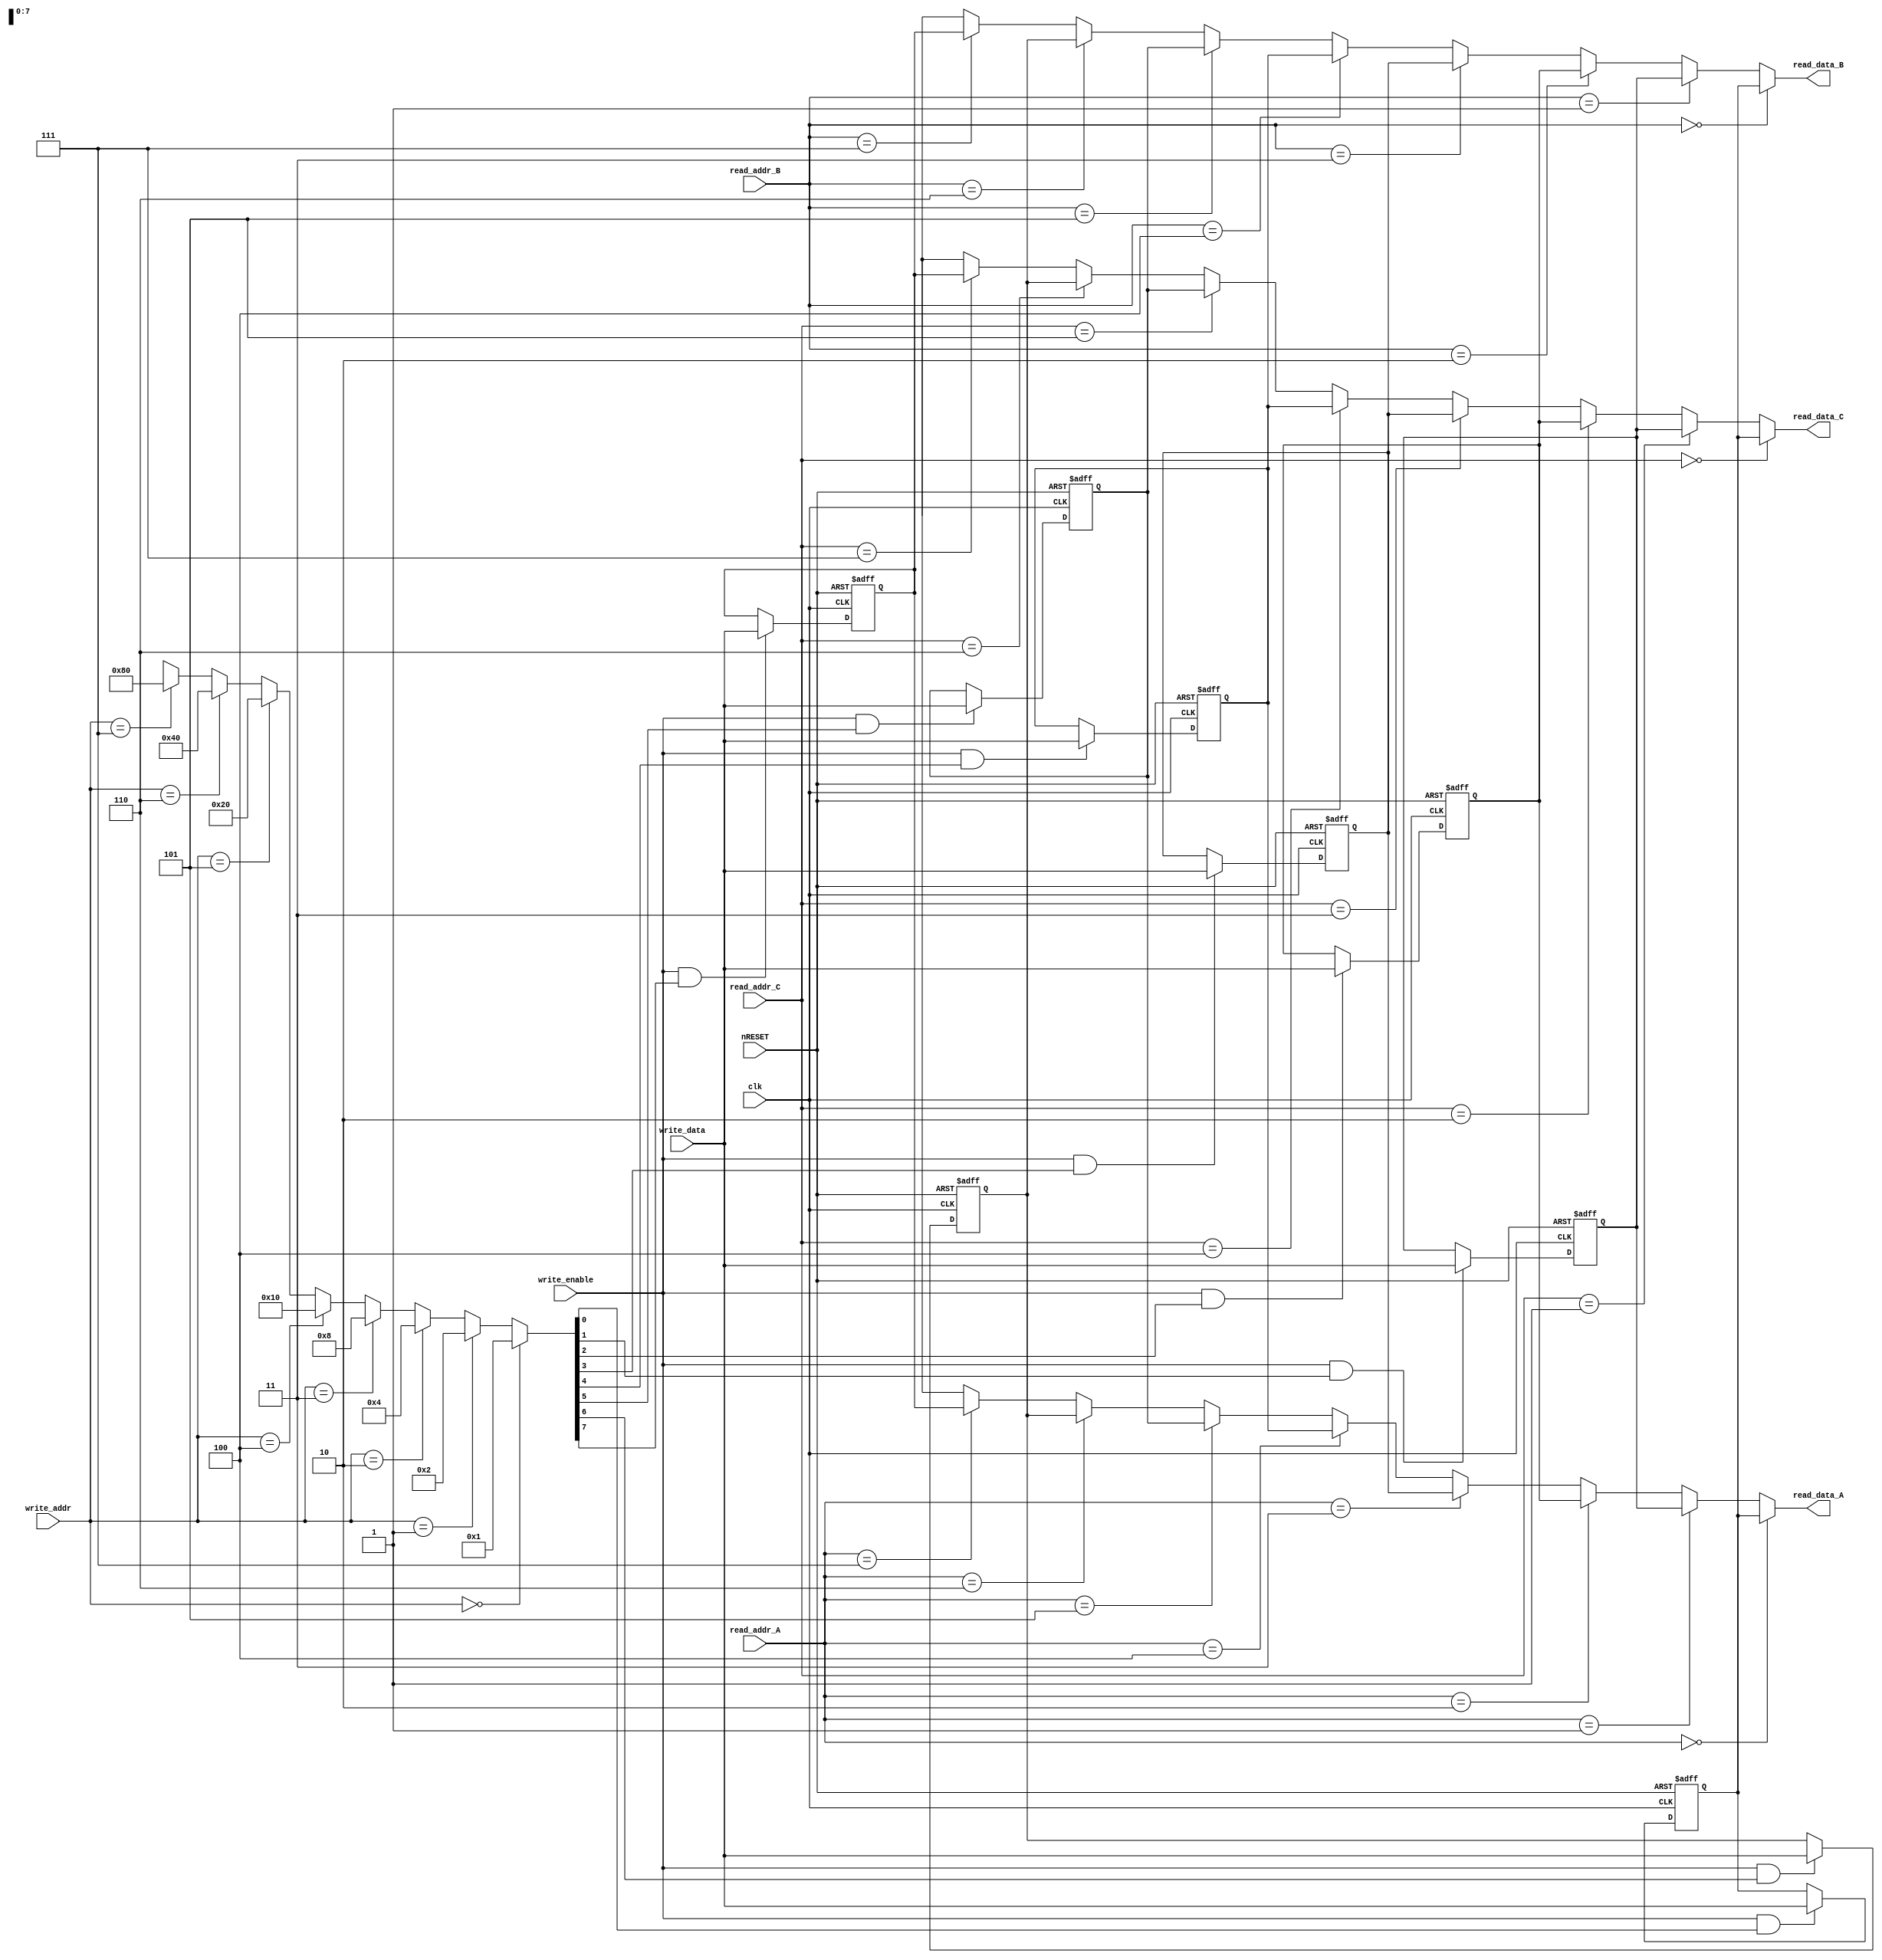
module RegisterFile(clk, nRESET, write_enable, write_addr, write_data, read_addr_A, read_addr_B, read_addr_C, read_data_A, read_data_B, read_data_C);

   input clk; // 
   input nRESET; // 
   input write_enable; //     enable 
   input [2:0] write_addr; //   
   input [15:0] write_data; //   
   input [2:0] read_addr_A; 
   input [2:0] read_addr_B;  
   input [2:0] read_addr_C; //    A, B, C
   
   output [15:0] read_data_A;
   output [15:0] read_data_B;
   output [15:0] read_data_C; //     A, B, C

   reg [15:0] reg_0;
   reg [15:0] reg_1;
   reg [15:0] reg_2;
   reg [15:0] reg_3;
   reg [15:0] reg_4;
   reg [15:0] reg_5;
   reg [15:0] reg_6;
   reg [15:0] reg_7; //       

   wire [7:0] decoder_out; //          
   wire [7:0] reg_enable; //     enable  

   assign decoder_out =
      (write_addr == 3'b000) ? 8'd1 :
      (write_addr == 3'b001) ? 8'd2 :
      (write_addr == 3'b010) ? 8'd4 :
      (write_addr == 3'b011) ? 8'd8 :
      (write_addr == 3'b100) ? 8'd16 :
      (write_addr == 3'b101) ? 8'd32 :
      (write_addr == 3'b110) ? 8'd64 :
      (write_addr == 3'b111) ? 8'd128 : 8'bx;
	//     (8)   (8) .
   
   assign reg_enable[0] = write_enable & decoder_out[0];
   assign reg_enable[1] = write_enable & decoder_out[1];
   assign reg_enable[2] = write_enable & decoder_out[2];
   assign reg_enable[3] = write_enable & decoder_out[3];
   assign reg_enable[4] = write_enable & decoder_out[4];
   assign reg_enable[5] = write_enable & decoder_out[5];
   assign reg_enable[6] = write_enable & decoder_out[6];
   assign reg_enable[7] = write_enable & decoder_out[7];
	//   (8)    AND       enable  
   
   always @ (posedge clk or negedge nRESET)
      if (!nRESET)
         reg_0 <= 16'b0;
      else if (reg_enable[0])
         reg_0 <= write_data;
	//     .
   
   always @ (posedge clk or negedge nRESET)
      if (!nRESET)
         reg_1 <= 16'b0;
      else if (reg_enable[1])
         reg_1 <= write_data;
	//     .
	
   always @ (posedge clk or negedge nRESET)
      if (!nRESET)
         reg_2 <= 16'b0;
      else if (reg_enable[2])
         reg_2 <= write_data;
	//     .
	
   always @ (posedge clk or negedge nRESET)
      if (!nRESET)
         reg_3 <= 16'b0;
      else if (reg_enable[3])
         reg_3 <= write_data;
	//     .
	
   always @ (posedge clk or negedge nRESET)
      if (!nRESET)
         reg_4 <= 16'b0;
      else if (reg_enable[4])
         reg_4<= write_data;
 	//     .
	
   always @ (posedge clk or negedge nRESET)
      if (!nRESET)
         reg_5 <= 16'b0;
      else if (reg_enable[5])
         reg_5 <= write_data;
	//     .
	
   always @ (posedge clk or negedge nRESET)
      if (!nRESET)
         reg_6 <= 16'b0;
      else if (reg_enable[6])
         reg_6 <= write_data;
	//     .
	
   always @ (posedge clk or negedge nRESET)
      if (!nRESET)
         reg_7 <= 16'b0;
      else if (reg_enable[7])
         reg_7 <= write_data;
	//     .
	
   assign read_data_A =
      (read_addr_A == 3'b000) ? reg_0 :
      (read_addr_A == 3'b001) ? reg_1 :
      (read_addr_A == 3'b010) ? reg_2 :
      (read_addr_A == 3'b011) ? reg_3 :
      (read_addr_A == 3'b100) ? reg_4 :
      (read_addr_A == 3'b101) ? reg_5 :
      (read_addr_A == 3'b110) ? reg_6 :
      (read_addr_A == 3'b111) ? reg_7 : 16'bx;
	// A          
   
   assign read_data_B =
      (read_addr_B == 3'b000) ? reg_0 :
      (read_addr_B == 3'b001) ? reg_1 :
      (read_addr_B == 3'b010) ? reg_2 :
      (read_addr_B == 3'b011) ? reg_3 :
      (read_addr_B == 3'b100) ? reg_4 :
      (read_addr_B == 3'b101) ? reg_5 :
      (read_addr_B == 3'b110) ? reg_6 :
      (read_addr_B == 3'b111) ? reg_7 : 16'bx;
  	// B          
	
   assign read_data_C =
      (read_addr_C == 3'b000) ? reg_0 :
      (read_addr_C == 3'b001) ? reg_1 :
      (read_addr_C == 3'b010) ? reg_2 :
      (read_addr_C == 3'b011) ? reg_3 :
      (read_addr_C == 3'b100) ? reg_4 :
      (read_addr_C == 3'b101) ? reg_5 :
      (read_addr_C == 3'b110) ? reg_6 :
      (read_addr_C == 3'b111) ? reg_7 : 16'bx;
	// C          

endmodule